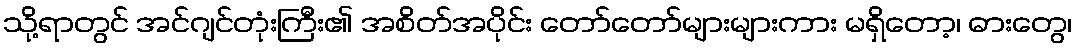
သို့ရာတွင် အင်ဂျင်တုံးကြီး၏ အစိတ်အပိုင်း တော်တော်များများကား မရှိတော့၊ ဓားတွေ၊